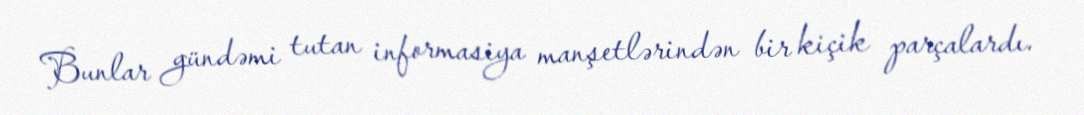
Bunlar gündəmi tutan informasiya manşetlərindən bir kiçik parçalardı.